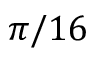
\pi / 1 6